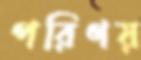
পরিণয়